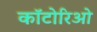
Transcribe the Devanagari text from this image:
कॉटोरिओ